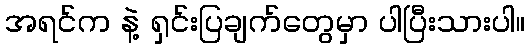
အရင်က နဲ့ ရှင်းပြချက်တွေမှာ ပါပြီးသားပါ။